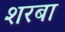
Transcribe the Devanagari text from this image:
शरबा